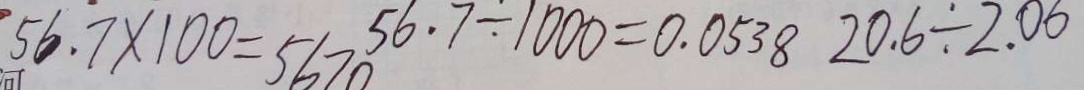
5 6 . 7 \times 1 0 0 = 5 6 7 0 5 6 . 7 \div 1 0 0 0 = 0 . 0 5 3 8 2 0 . 6 \div 2 . 0 6